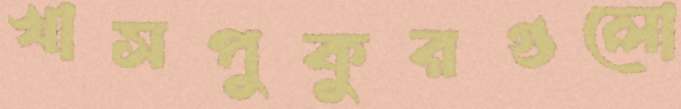
খাসপুকুরগুলো